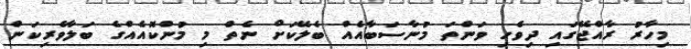
މިހާރު ރާއްޖޭގައި ދިވެހި ވަންތަ މުނާސަބާއެއް ބެލޭކަށް ނެތް މި މުންކޮއެއްގެ ބަލާވެރިކަން